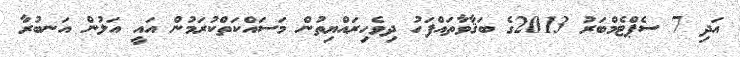
އަދި 7 ސެޕްޓެމްބަރު 2013ގެ ބަޤާވާތައްފަހު ދިވެހިރައްޔިތުން މަސައްކަތްކުރަމުން އައީ އަލުން އަނބުރާ